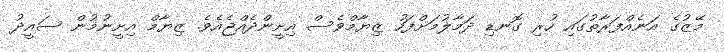
މޭޒުގެ އަނެއްފަރާތުގައި ހުރި ގޮނޑި ދަމާލުމަށްފަހު ޒިޔާމްވެސް އިށީންދެއްޖެއެވެ. ޒިޔާމް އިށީނުމުން ސައީދު